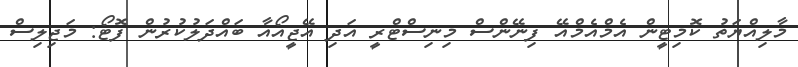
މާލިއްޔަތު ކޮމިޓީން އެމްއެމްއޭ ފިނޭންސް މިނިސްޓްރީ އަދި އޭޖީއޯއާ ބައްދަލުކުރުން ފޮޓޯ: މަޖިލިސް